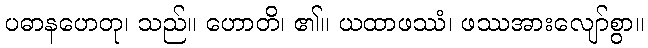
ပဓာနဟေတု၊ သည်။ ဟောတိ၊ ၏။ ယထာဖဿံ၊ ဖဿအားလျော်စွာ။